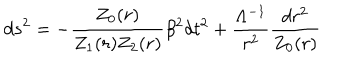
d s ^ { 2 } = - \frac { Z _ { 0 } ( r ) } { Z _ { 1 } ( r ) Z _ { 2 } ( r ) } \beta ^ { 2 } d t ^ { 2 } + \frac { \Lambda ^ { - 1 } } { r ^ { 2 } } \frac { d r ^ { 2 } } { Z _ { 0 } ( r ) }